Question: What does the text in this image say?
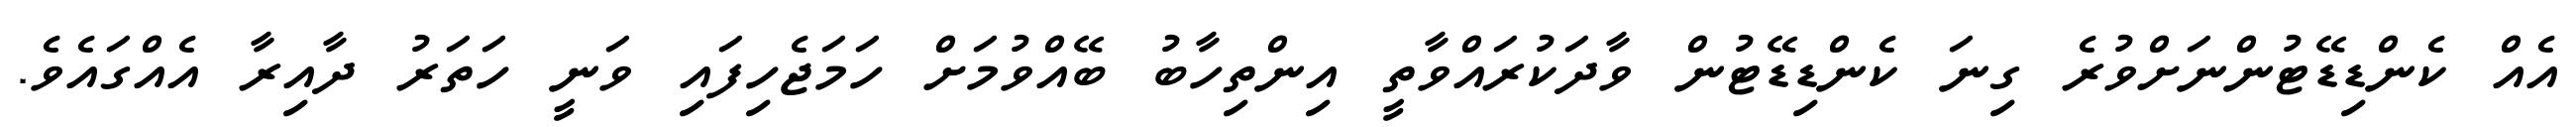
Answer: އެއް ކެންޑިޑޭޓުންނަށްވުރެ ގިނަ ކެންޑިޑޭޓުން ވާދަކުރައްވާތީ އިންތިހާބު ބޭއްވުމަށް ހަމަޖެހިފައި ވަނީ ހަތަރު ދާއިރާ އެއްގައެވެ.